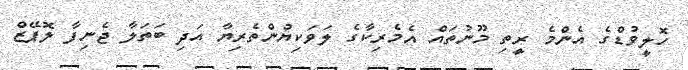
ހޮލީވުޑްގެ އެންމެ ރީތި މޫނުތައް އެމެރިކާގެ ލަވަކިޔުންތެރިޔާ އަދި ބަތަލާ ޖެނިފާ ލޮޕޭޒް